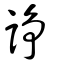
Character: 諍